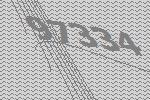
97334